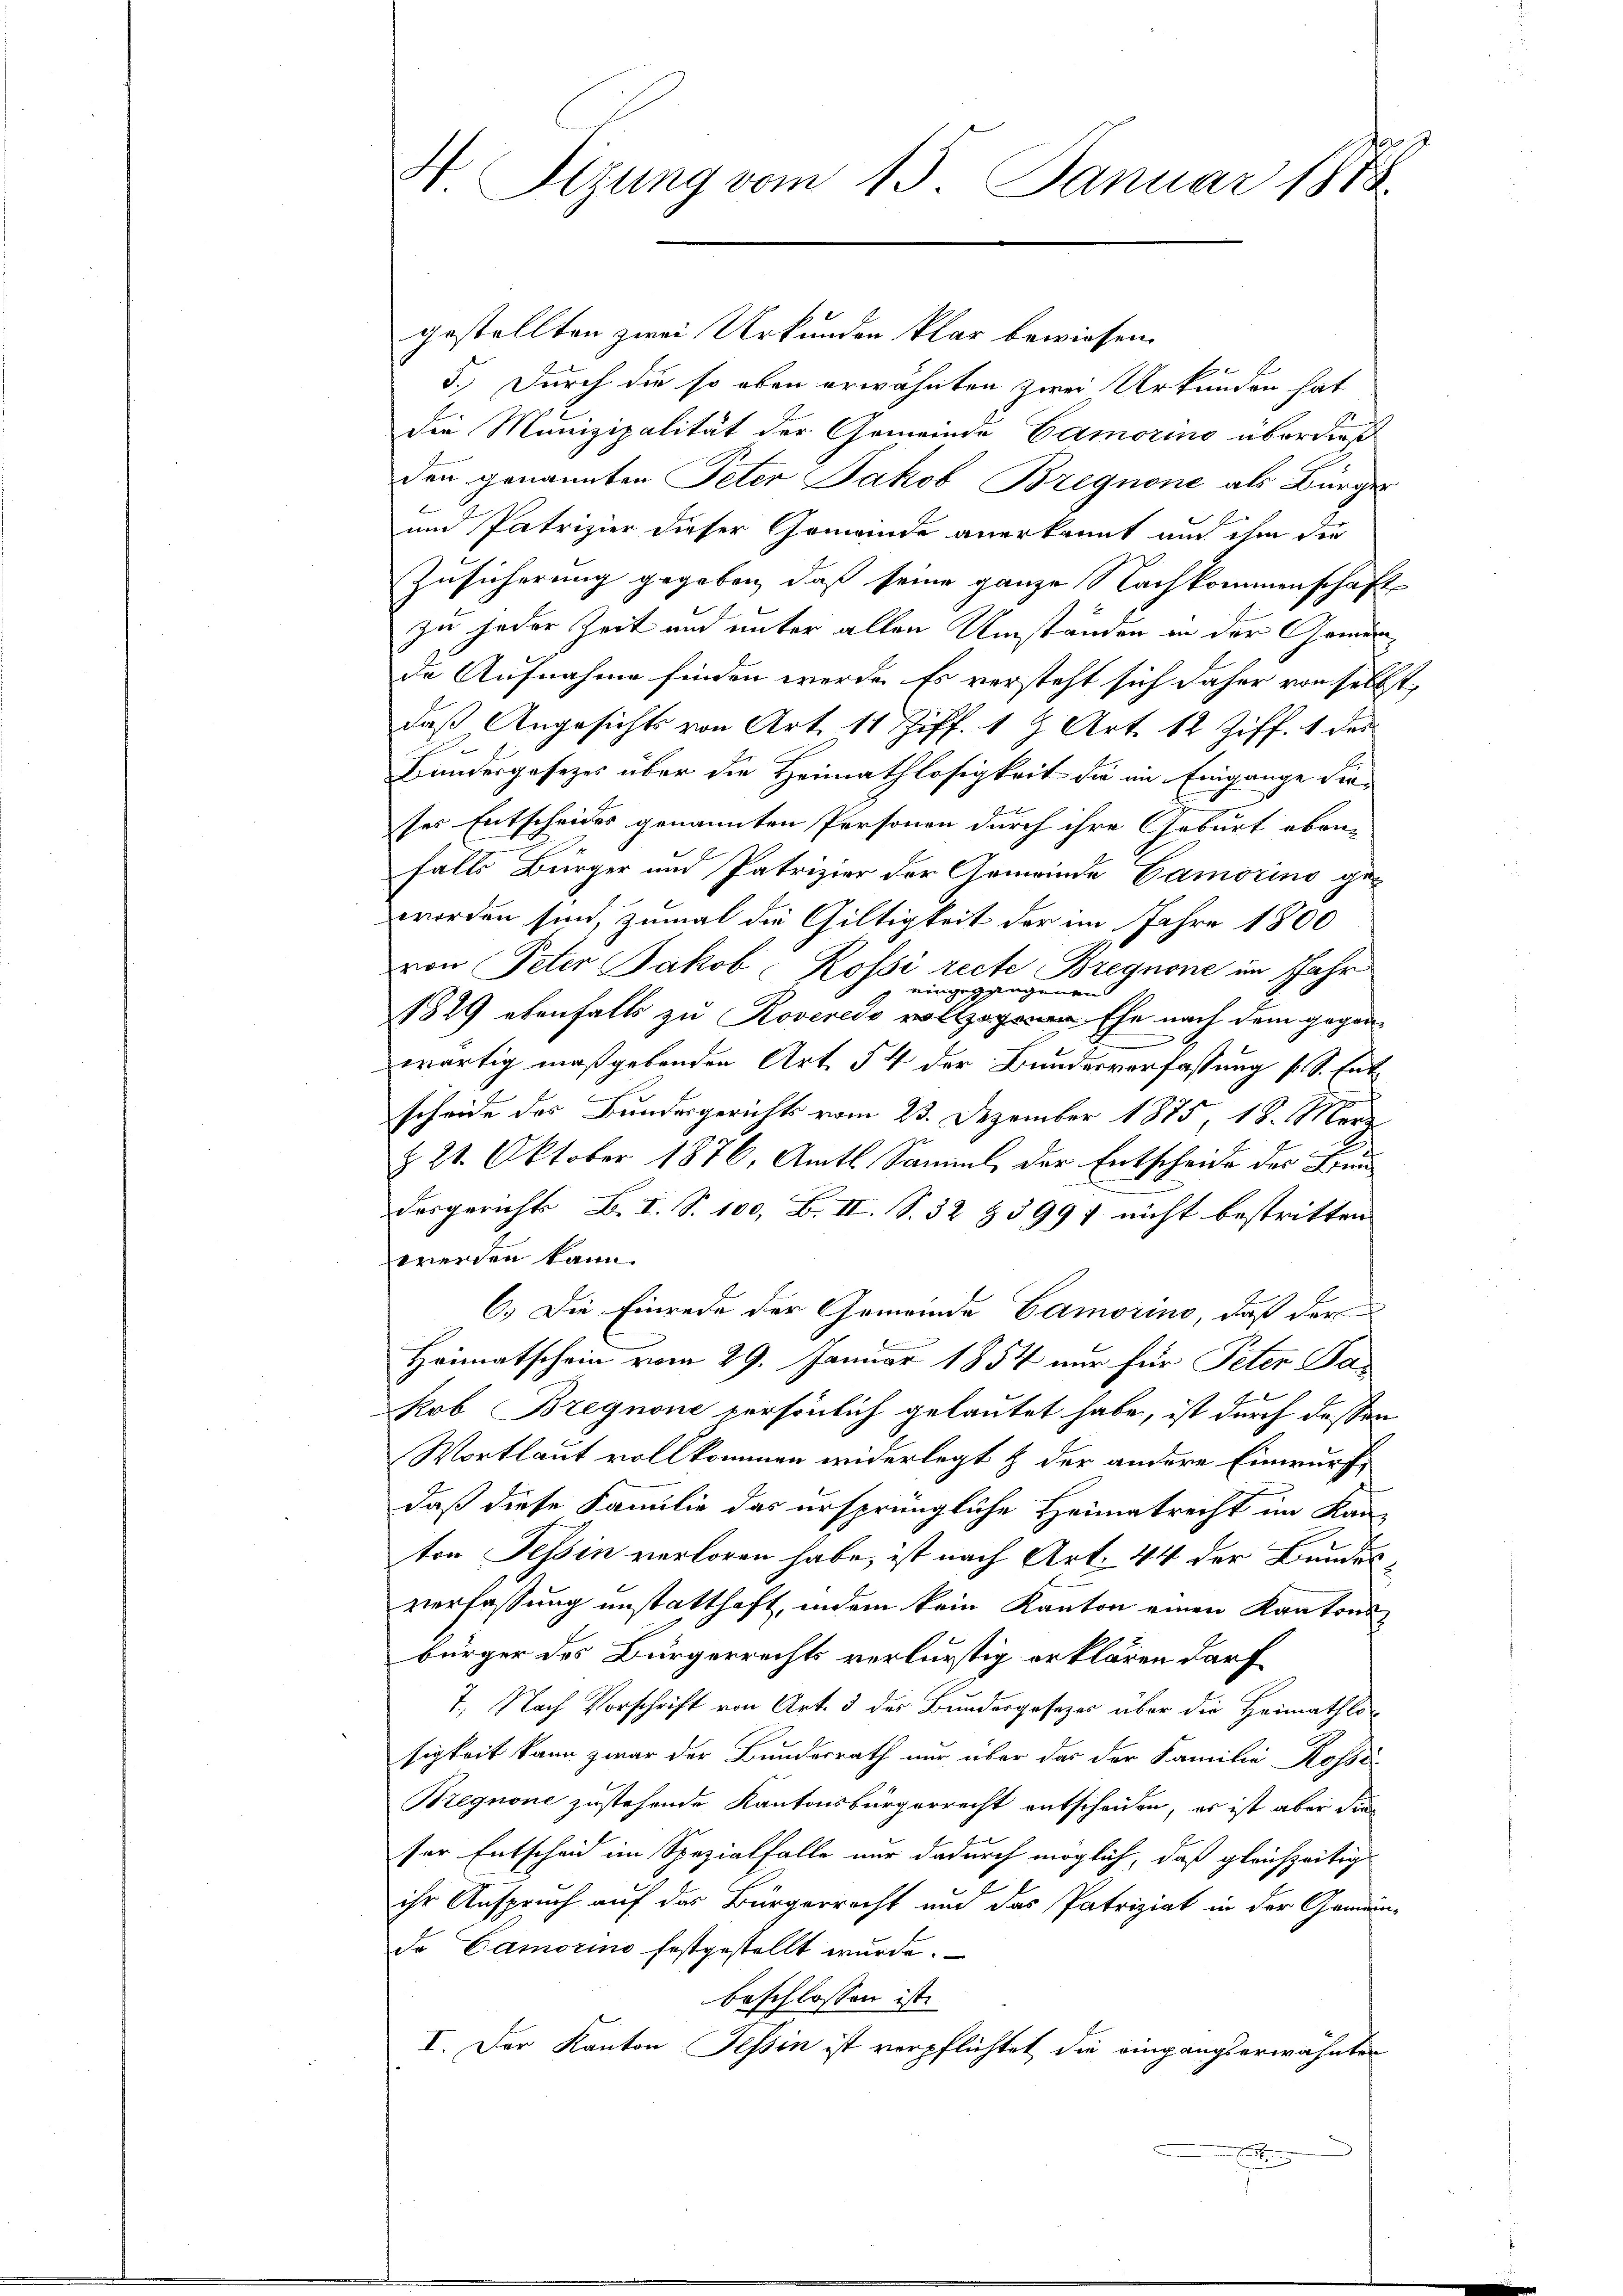
H Sizung vom 15. Januar 1873

gestellten zwei Urkunden klar bewiesen.
5.) Durch die so eben erwähnten zwei Urkunden hat
die Munizipalität der Gemeinde Camorins überdieß
den genannten Peter Jakob Bregnone als Bürger
und Patrizier dieser Gemeinde anerkannt aus ihm der
Zusicherung gegeben, daß seine ganze Nachkommenschaft
zu jeder Zeit und unter allen Umständen in der Gemeinde Aufnahme finden werde. Es versteht sich daher von selbst,
daß Angesichts von Art. 11 Ziff. 19 Art. 12 Ziff. 1 des
Bundesgesezes über die Heimathlosigkeit die im Eingange dieses Entscheides genannten Personen durch ihre Geburt eben-
falls Bürger und Patrizier der Gemeinde Camorins ge-
worden sind, zumal die Gültigkeit der im Jahre 1800
von Peter Jakob Rossi recte Bregnone im Jahr
eingeggegenen
1829 ebenfalls zu Roveres Ehe nach dem gegen-
zwärtig maßgebenden Art § 4 der Bundesverfassung s. S. Entscheide des Bundesgerichts vom 23. Dezember 1875 18. Mar
§ 21. Oktober 1876, Amts Sammle der Entscheide des Fun
desgerichts B. I. S. 100, B. II. S. 32 § 399f nicht bestritten
werden kann.
6.) Die Einrede der Gemeinde Camorino, daß der
e
Heimatschein vom 29. Januar 1854 nur für Peter Pa-
kob Bregnone persönlich gelautet habe, ist durch dessen
Wortlaut vollkommen widerlegt & der andere Einwurf,
daß diese Familie das ursprüngliche Heimatrecht im Kanton Tessin verloren habe, ist nach Art. 44 der Bundesverfassung unstatthaft, indem kein Kanton einen Kantons
bürger des Bürgerrechts verlurstig erklären darf
7., Nach Vorschrift von Art. 3 des Bundesgesezes über die Heimathlosigkeit kann zwar der Bundesrath nur über das der Familie Rosse
Bregnone zustehende Kantonsbürgerrecht entscheiden, er ist aber dies
ser Entscheid im Spezialfalle nur dadurch möglich, daß gleichzeitige
ihr Anspruch auf das Bürgerrecht und das Patriziat in der Gemein-
de Camorino festgestellt wurde.
beschlossen ist.
I. Der Kanton Tessin ist verpflichtet die eingangserwähnter